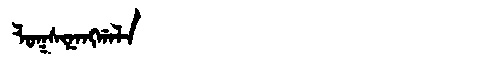
Manchu: ᠯᠣᡴᠰᡳᠨᠠᠩᡤᠠᠯᠠ
Romanization: LOKSINANGGALA